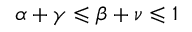
\alpha + \gamma \leqslant \beta + \nu \leqslant 1